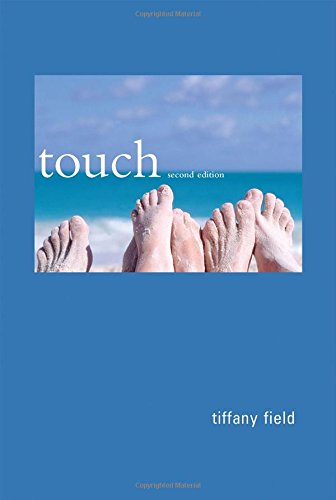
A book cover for Touch (Bradford Books); Tiffany Field; Medical Books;